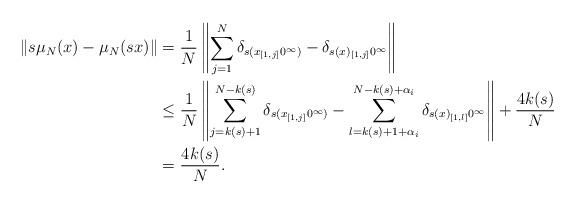
LaTeX: \begin{align*}\|s\mu_N(x)-\mu_N(sx)\|&=\frac{1}{N}\left\|\sum_{j=1}^N\delta_{s(x_{[1,j]}0^\infty)}-\delta_{s(x)_{[1,j]}0^\infty}\right\|\\&\leq \frac{1}{N}\left\|\sum_{j=k(s)+1}^{N-k(s)}\delta_{s(x_{[1,j]}0^\infty)}-\sum_{l=k(s)+1+\alpha_i}^{N-k(s)+\alpha_i}\delta_{s(x)_{[1,l]}0^\infty}\right\| + \frac{4k(s)}{N} \\&=\frac{4k(s)}{N}.\end{align*}